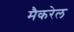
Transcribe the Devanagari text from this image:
मैकरेल